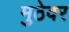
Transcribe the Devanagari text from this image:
मुठेवर